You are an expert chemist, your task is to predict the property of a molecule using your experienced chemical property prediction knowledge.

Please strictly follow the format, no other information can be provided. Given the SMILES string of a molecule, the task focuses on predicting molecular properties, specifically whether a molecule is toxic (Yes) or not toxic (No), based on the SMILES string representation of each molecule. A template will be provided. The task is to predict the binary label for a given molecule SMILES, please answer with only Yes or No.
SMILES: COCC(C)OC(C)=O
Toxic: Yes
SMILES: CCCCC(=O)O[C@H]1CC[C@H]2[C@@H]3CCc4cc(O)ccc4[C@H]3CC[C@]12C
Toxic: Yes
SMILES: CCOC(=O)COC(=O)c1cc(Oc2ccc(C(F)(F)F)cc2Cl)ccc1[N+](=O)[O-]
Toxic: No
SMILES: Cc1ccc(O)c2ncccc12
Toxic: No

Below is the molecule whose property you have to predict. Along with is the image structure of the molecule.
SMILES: COc1ccc(C(=O)CC(=O)c2ccc(C(C)(C)C)cc2)cc1
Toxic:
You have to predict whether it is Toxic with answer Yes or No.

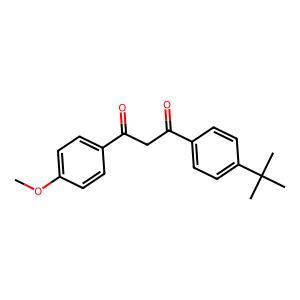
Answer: No